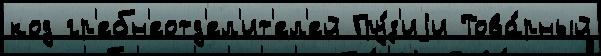
код гр'ебн'еотд'ел'ит'ел'ей Гру́з'иjи Това́рный